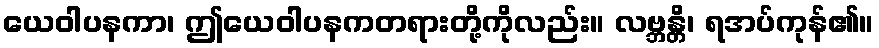
ယေဝါပနကာ၊ ဤယေဝါပနကတရားတို့ကိုလည်း။ လဗ္ဘန္တိ၊ ရအပ်ကုန်၏။